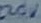
Text: 220V